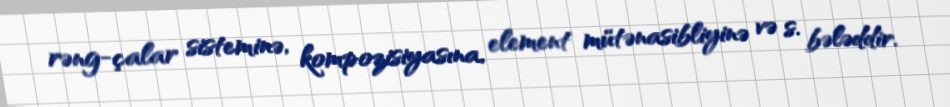
rəng-çalar sisteminə, kompozisiyasına, element mütənasibliyinə və s. bələddir.